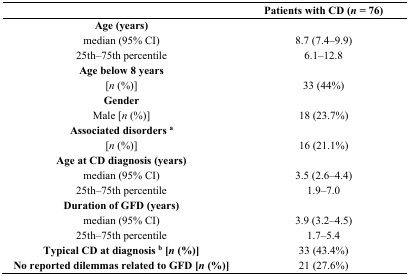
|  | Patients with CD (n = 76) |
 | --- | --- |
 | Age (years) |  |
 | median (95% CI) | 8.7 (7.4–9.9) |
 | 25th–75th percentile | 6.1–12.8 |
 | Age below 8 years |  |
 | [n (%)] | 33 (44%) |
 | Gender |  |
 | Male [n (%)] | 18 (23.7%) |
 | Associated disorders a |  |
 | [n (%)] | 16 (21.1%) |
 | Age at CD diagnosis (years) |  |
 | median (95% CI) | 3.5 (2.6–4.4) |
 | 25th–75th percentile | 1.9–7.0 |
 | Duration of GFD (years) |  |
 | median (95% CI) | 3.9 (3.2–4.5) |
 | 25th–75th percentile | 1.7–5.4 |
 | Typical CD at diagnosis b [n (%)] | 33 (43.4%) |
 | No reported dilemmas related to GFD [n (%)] | 21 (27.6%) |